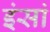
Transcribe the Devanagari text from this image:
इंसां